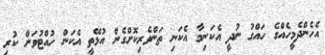
އެހެންދެމީހެއްގެ ހައްގު ނުދީ އެކަނިމާ އެކަނި ތަންވެރިކޮށްގެން އުޅޭތީ އެކަން ހުއްޓުވަން ކުރި